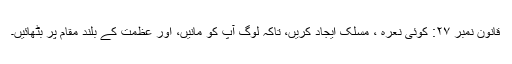
قانون نمبر ۲۷: کوئی نعرہ ، مسلک ایجاد کریں، تاکہ لوگ آپ کو مانیں، اور عظمت کے بلند مقام پر بٹھائیں۔